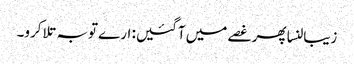
زیبالنسا پھر غصے میں آگئیں: ارے توبہ تلا کرو۔